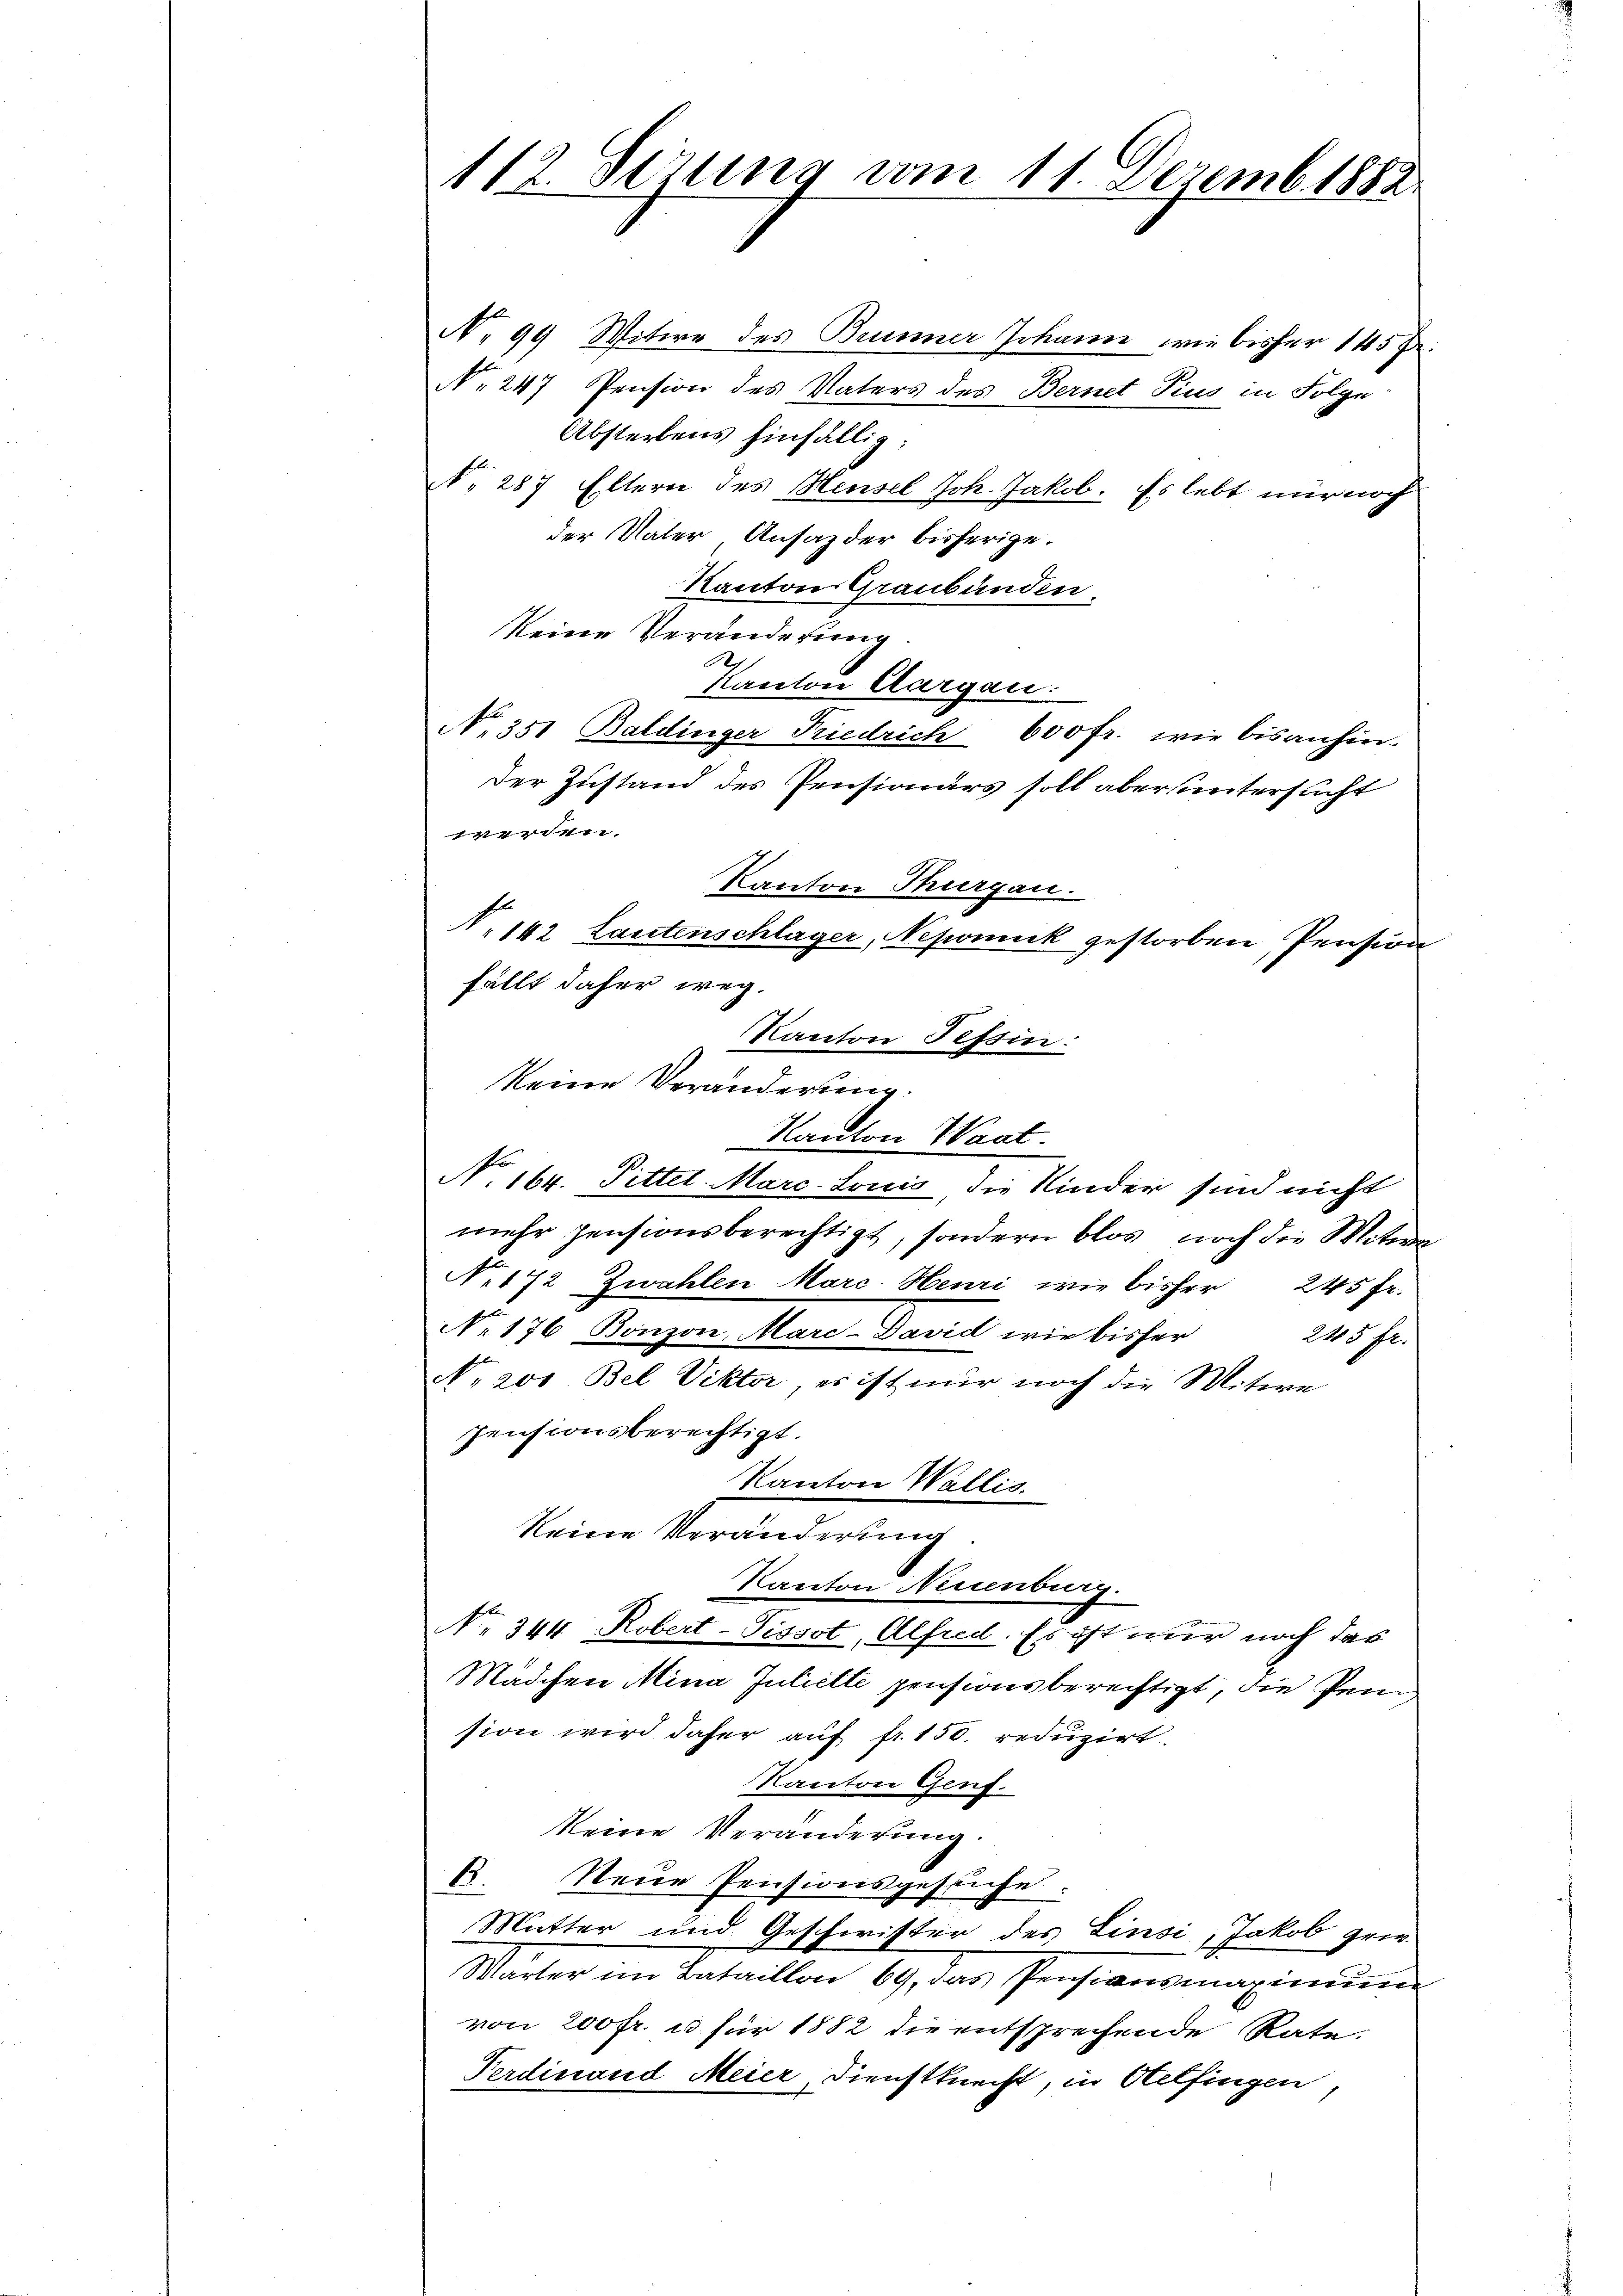
112. Sezung vom 11. Dezemb. 1888.

No 99 Witwe des Brunner Johann wie bisher 145 fr.
No 247 Pension des Vaters des Bernet Tius in Folge
Absterbens hinfällig;
N. 287 Eltern des Heusel Joh. Jakob. Es lebt nur noch
der Vater Ansazder bisherige.
Kanton Graubünden.
keine Veränderung
A
Kanton Aargau.
No. 351 Baldinger Friedrich 600 fr. wie bisanhin
Der Zustand des Pensionärs soll aber untersucht
werden.
Kanton Thurgau.
N. 142 Lautenschläger, Nepomuck gestorben Pension
fällt daher weg.
Kanton Tessin:
keine Veränderung.
Kanton Waat.
N. 164. Pittel Marc Louis, die Kinder sind nicht
mehr pensionsberechtigt, sondern blos noch die Mitwa¬
No 172 Zwahlen Marc. Heuri, wie bisher 245 Fr.
No 176 Bonzon, Marc-David wir bisher
245 fr.
No. 200 Bel Viktor, es ist nur noch die Mitere
pensionsberechtigt.
Kanton Wallis.
keine Verleicherung
Kanton Neuenburg.
No. 344 Robert-Tissot, Alfred. Es ist nur noch das
Mädchen Mina Juliette pensionsberechtigt, die Peni
sion wird daher auf fr. 150. reduzirt.
Kanton Genf.
keine Veränderung.
 Neue Pensionsgesuche
Mutter und Geschwister des Linsi, Jakob grie¬
Wärter im Bataillon 69, das Pensionsmaximum
von 200 fr. u für 1882 die entsprechende Rate.
Ferdinand Meier Dienstknecht, in Otelfingen